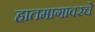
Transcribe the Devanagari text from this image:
हातमागावरचे